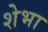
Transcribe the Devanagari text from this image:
शेभा